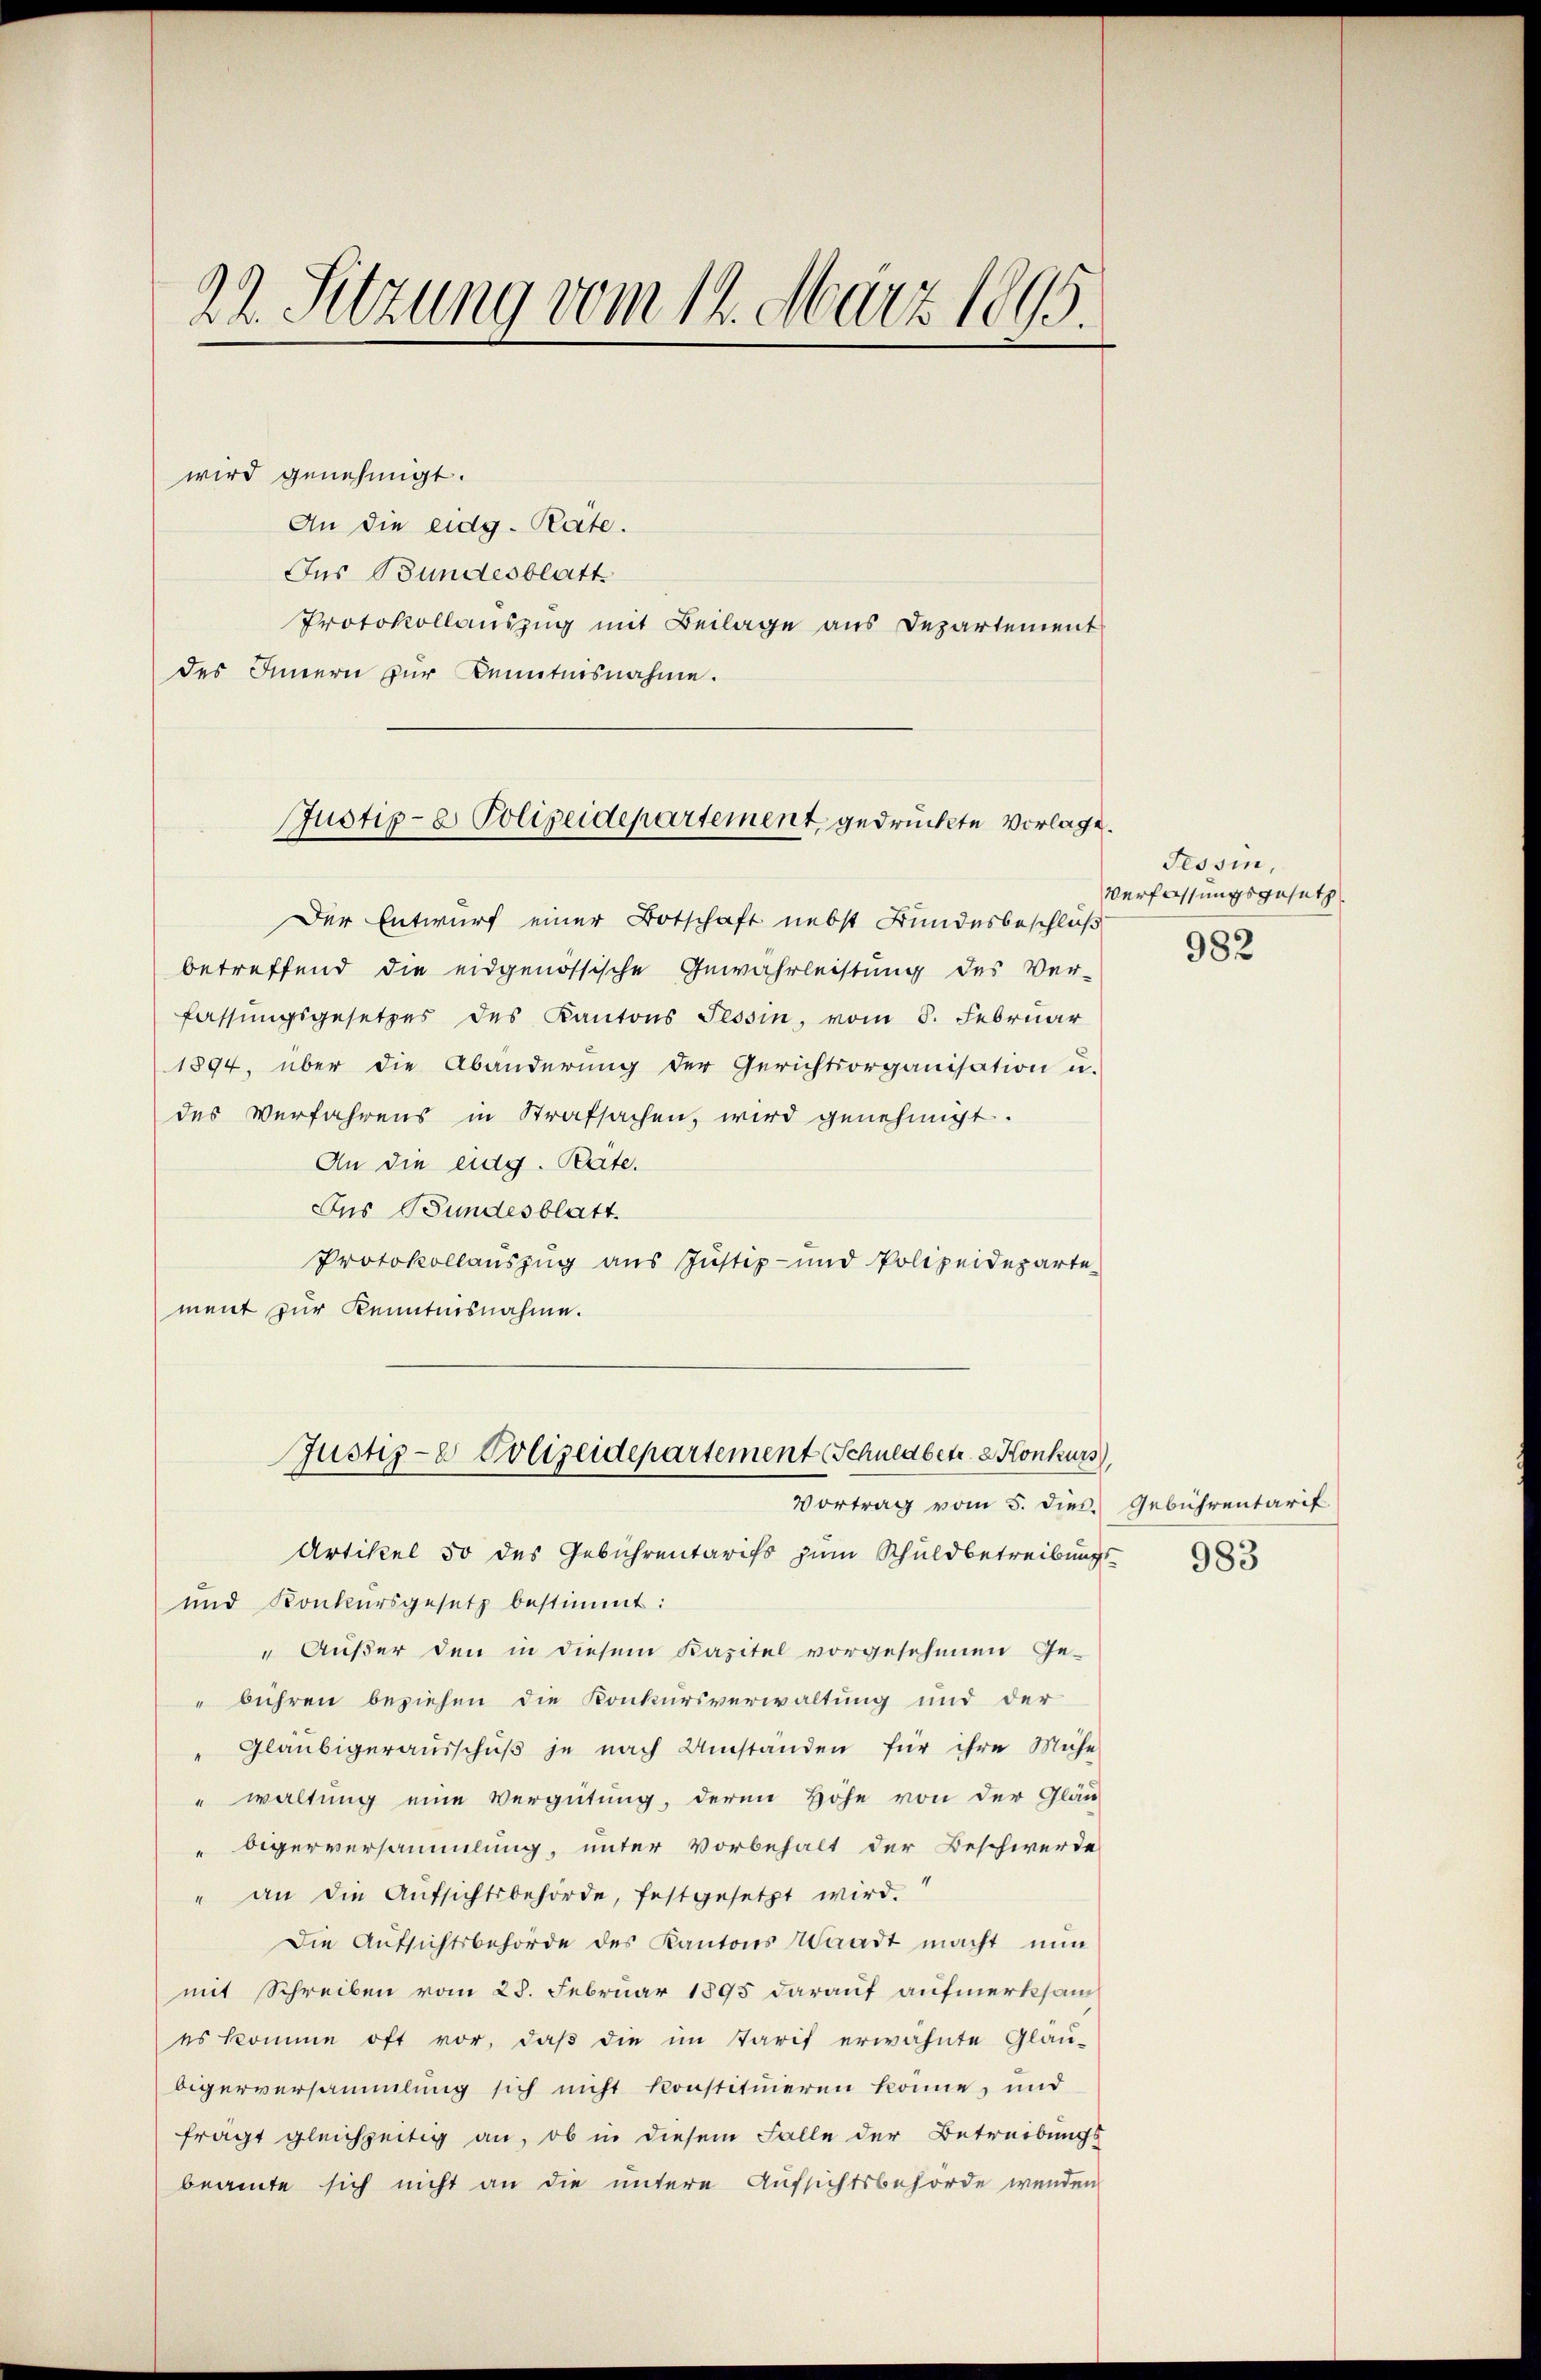
22. Sitzung vom 12. März 1895.

wird genehmigt.
An die eidg. Rate.
Ins Bundesblatt
Protokollauszug mit Beilage aus Departement
des Innern zur Kenntnisnahme.

Justiz- & Polizeidepartement gedruckte Vorlage.

Der Entwurf einer Botschaft nebst Bundesbeschluß
betreffend die eidgenössische Gewährleistung des Ver-
fassungsgesetzes des Kantons Tessin, vom 8. Februar
1894. über die Abänderŭng der Gerichtsorganisation u.
des Verfahrens in Strafsachen, wird genehmigt.
An die eidg. Rate.
Dus Bundesblatt.
Protokollauszug aus Justiz- und Polizeideparte
ment zur Kenntnisnahme.
Artikel 50 des Gebührentarifs zum Schuldbetreibungs¬
und Konkursgesetz bestimmt:
" Außer den in diesem Kapitel vorgesehenen Ge-
bühren beziehen die Konkursverwaltung und der
" Gläubigeraŭsschŭβ je nach Umständen für ihre Mühe
" waltung eine Vergütung, deren Höhe von der Gläu-
bigerversammlung, unter Vorbehalt der Beschwerde
" an die Aŭfsichtsbehörde, festgesetzt wird.
Die Aufsichtsbehörde des Kantons Waadt macht nun
mit Schreiben vom 28. Februar 1895 darauf aufmerksam
es komme oft vor, daβ die im Tarif erwähnte Glaubigerversammlung sich nicht konstitŭieren könne, und
fragt gleichzeitig an, ob in diesem Falle der Betreibungs-
beamte sich nicht an die untere Aufsichtsbehörde wenden

Justiz- & Polizeidepartement (Schnenbetr. 2. Konkurs
Vortrag vom 5. dies

Tessin,
Verfassungsgesetz
982

Gebührentarif
983